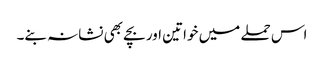
اس حملے میں خواتین اور بچے بھی نشانہ بنے۔